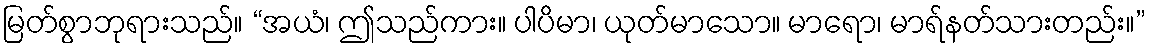
မြတ်စွာဘုရားသည်။ “အယံ၊ ဤသည်ကား။ ပါပိမာ၊ ယုတ်မာသော။ မာရော၊ မာရ်နတ်သားတည်း။”